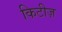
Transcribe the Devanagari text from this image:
किटीज़